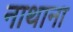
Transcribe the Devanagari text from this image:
नाथाना